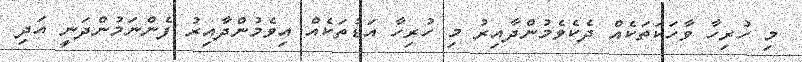
މި ހުރިހާ ވާހަކަތަކެއް ދެކެވެމުންދާއިރު މި ހުރިހާ އަޑުތަކެއް އިވެމުންދާއިރު ފެންނަމުންދަނީ އަދި